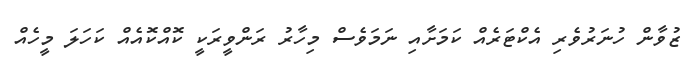
ޒުވާން ހުނަރުވެރި އެކްޓަރެއް ކަމަށާއި ނަމަވެސް މިހާރު ރަންވީރަކީ ކޮއްކޮއެއް ކަހަލަ މީހެއް